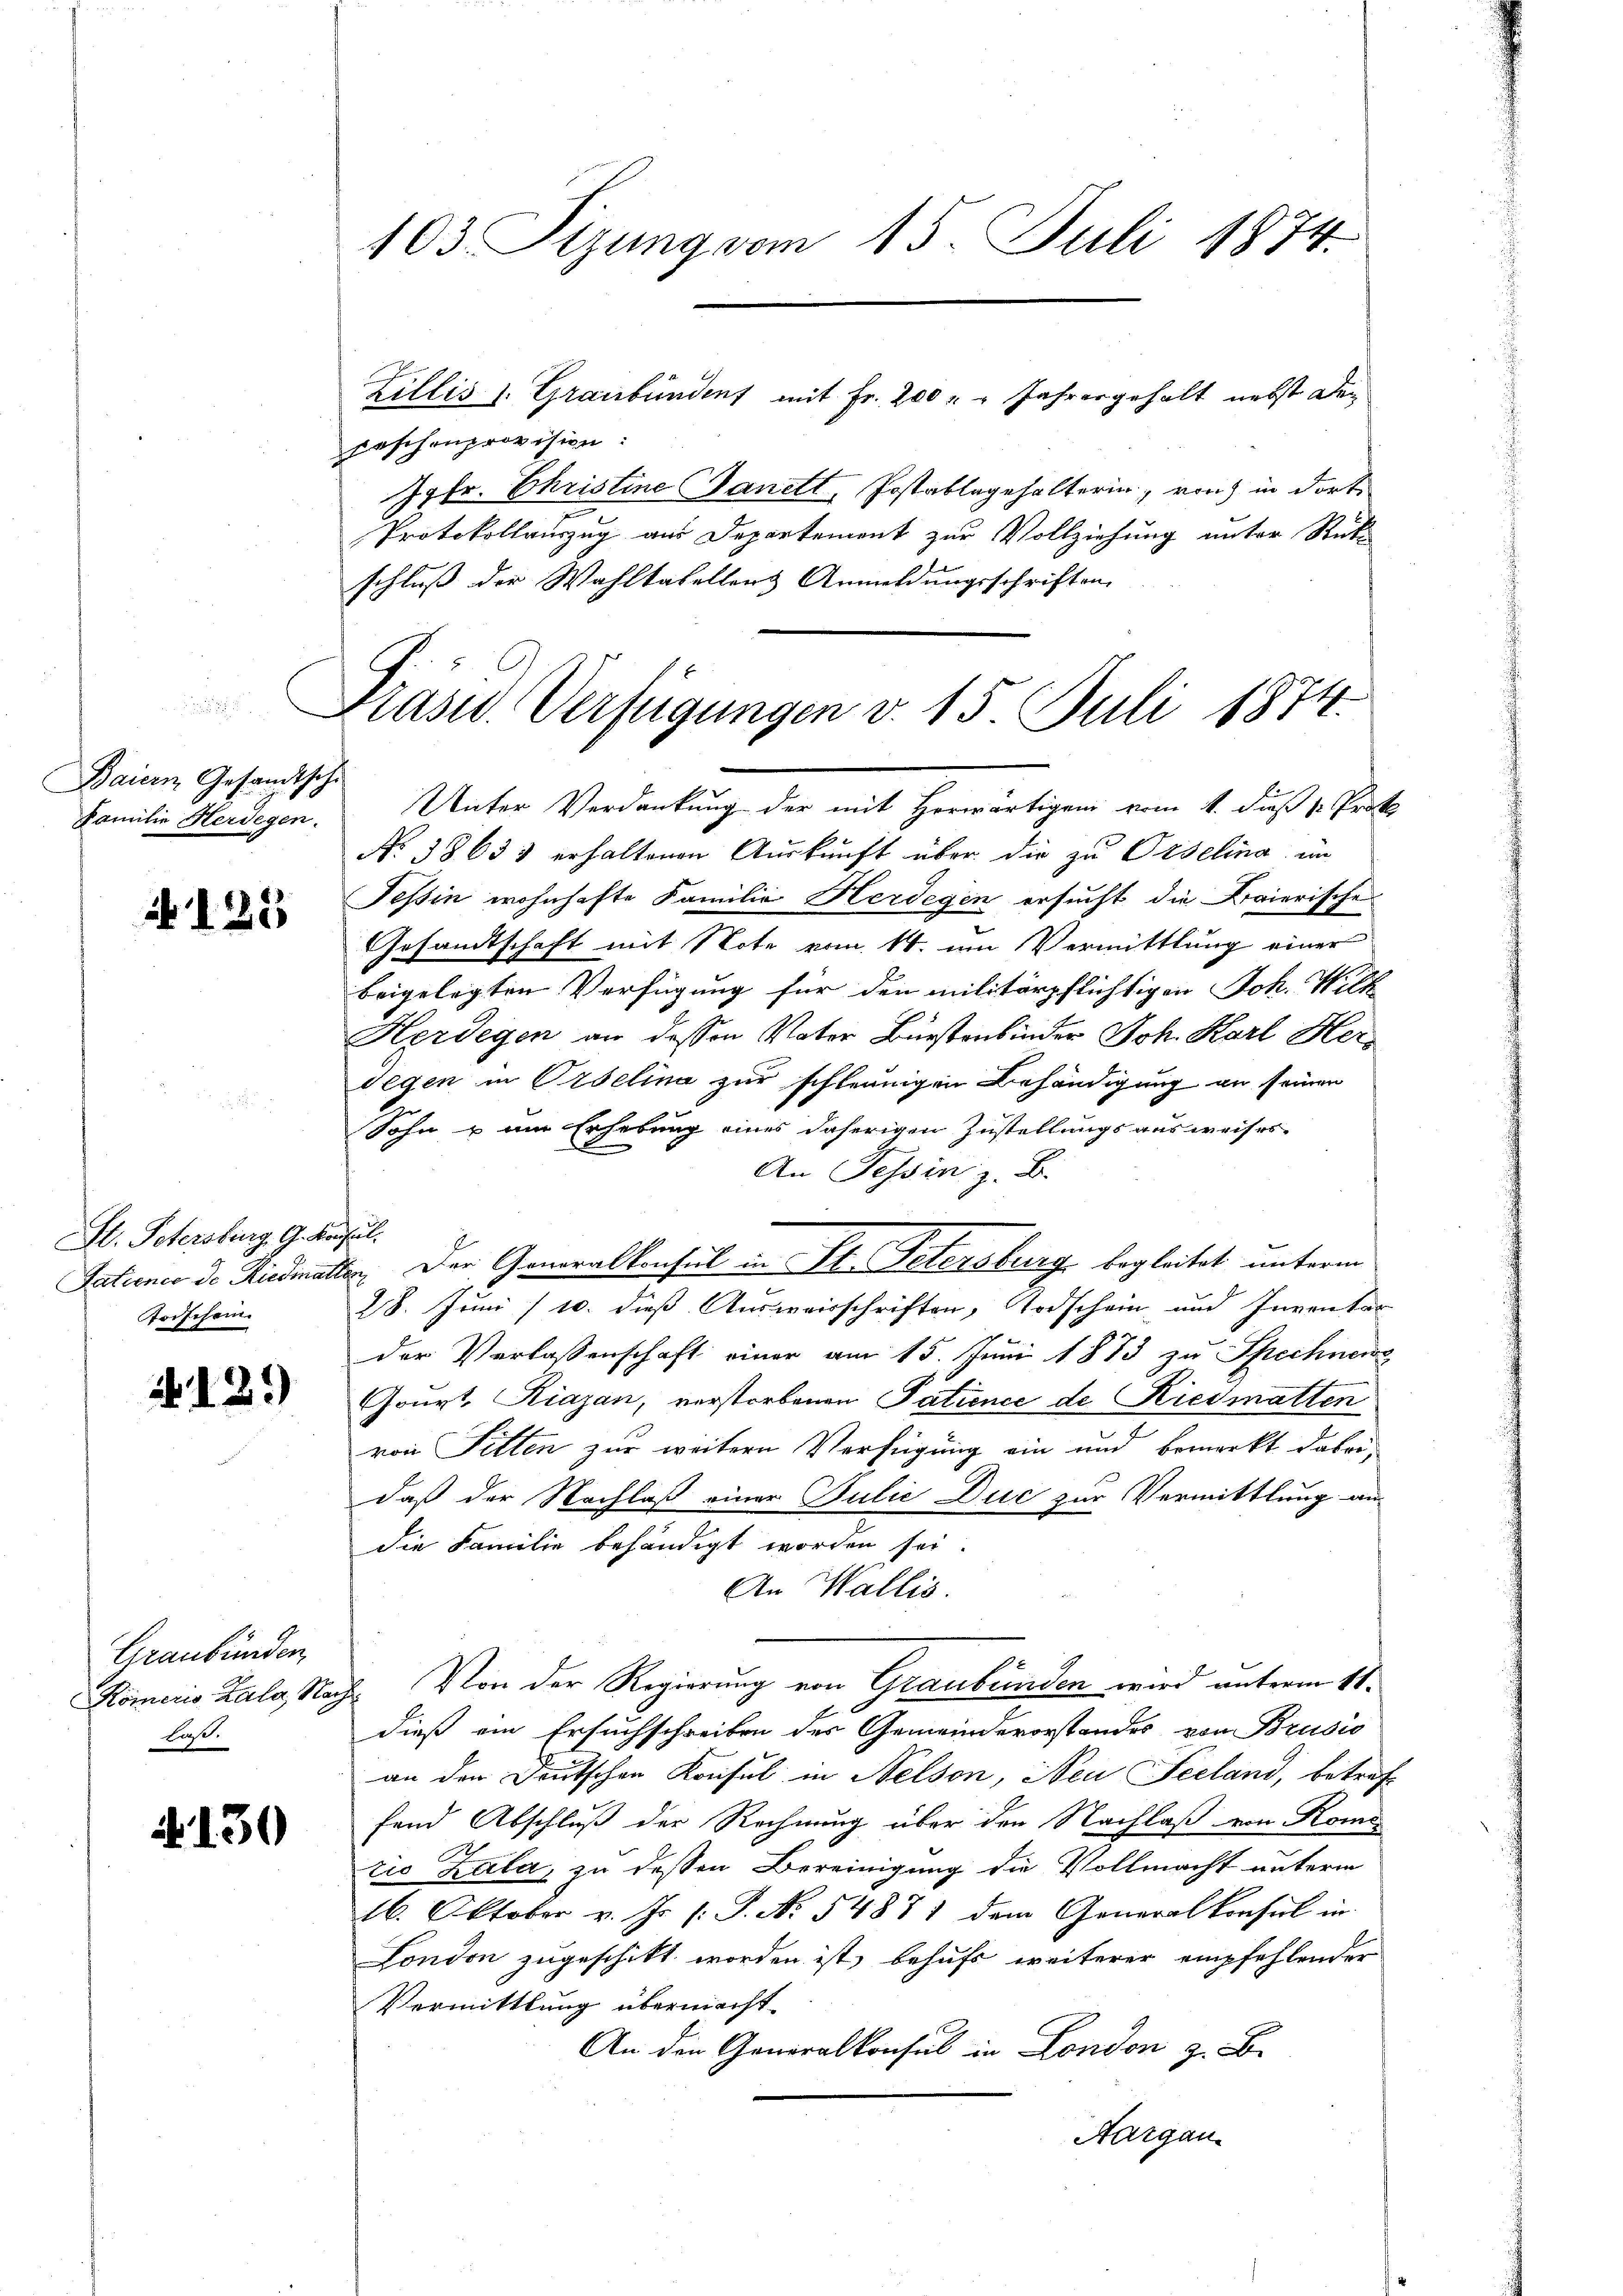
Baiern Gesandtsche
Familie Herdegen.

125

St. Petersburg, G. Kon
Patiener de Riedmatt
Todschein.

1 189

Graubünden
Faß.

N. 130

103 Sizung vom 15. Juli 1874.

Faschenprovision:
Jgfr. Christine Sanett, Postablegehalterin, von in dort
Protokollauszug aus Departemont zur Vollziehung unter Rücke
schluß der Wahltabellers Anmeldungsschriften

Zillis s. Graubündens mit Fr. 200 " " Jahresgehalt nebst de¬

Präsid. Verfügungen v. 15 Juli 1874.

Unter Verdankung der mit Herwärtigen vom 4. dieß sr. Prot
No 38633 erhaltenen Auskunft über die zu Orselina im
Tessin wohnhafte Familie Herdegen ersucht die Baierische
Gesandtschaft mit Note vom 14. um Vermittlung einer
beigelegten Verfügung für den militärpflichtigen Joh. Wilk
Herdegen an dessen Vater Bürstenbinder Joh. Karl Herdegen in Ordelina zur schleunigen Behändigung an seinen
Sohn u am Erhebung eines daherigen Zustellungsausweises
An Tessin z. B.
uch
28. Juni /10. dieß Ausweisschriften, Todschein und Inventar
der Verlassenschaft einer am 15. Juni 1873 zu Spechnens
Gourt, Kiazan, verstorbenen Patience de Riedmatten
von Fitten zur weitern Verfügung ein und bemerkt dabei,
daß der Nachlaß einer Julie Duc zur Vermittlung an
die Familie behändigt worden sei.
An Wallis.
x
Kömeris Zala, Nach Von der Regierung von Graubünden wird unterm 11.
dieß ein Ersuchschreiben des Gemeindevorstandes von Brusio
an den Deutschen Konsul in Nelson, Neu Seeland, betref-
fand Abschluß der Rechnung über den Nachlaß von Kome
e
tio Kala, zu dessen Bereinigung die Vollmacht unterm
16. Oktober v. Js. (: P. No. 54881 dem Generalkonsul in
London zugeschikt worden ist, behufs weiterer empfehlender
Vermittlung übermacht.
An die Generalkonsul in London z. B.
Aargau.

2. Der Generalkonsul in St. Petersburg begleitet unterm